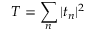
T = \sum _ { n } | t _ { n } | ^ { 2 }